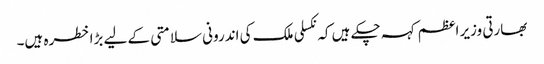
بھارتی وزیر اعظم کہہ چکے ہیں کہ نکسلی ملک کی اندرونی سلامتی کے لیے بڑا خطرہ ہیں۔